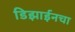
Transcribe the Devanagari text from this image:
डिझाईनचा